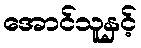
အောင်သူနှင့်